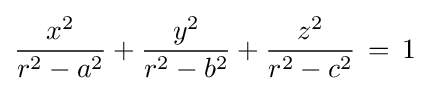
{\frac {x^{2}}{r^{2}-a^{2}}}+{\frac {y^{2}}{r^{2}-b^{2}}}+{\frac {z^{2}}{r^{2}-c^{2}}}\,=\,1